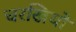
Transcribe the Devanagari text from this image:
चरखियों